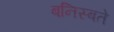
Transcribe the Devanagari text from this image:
बनिस्बते